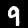
Digit: 9